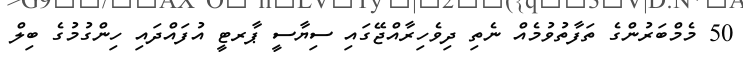
50 މެމްބަރުންގެ ތަފާތުވުމެއް ނެތި ދިވެހިރާއްޖޭގައި ސިޔާސީ ޕާރޓީ އުފައްދައި ހިންގުމުގެ ބިލް